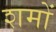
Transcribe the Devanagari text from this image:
शमों